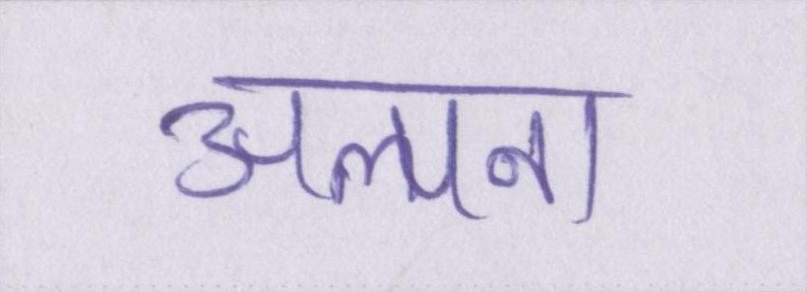
अल्पना